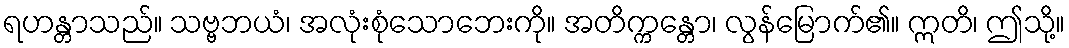
ရဟန္တာသည်။ သဗ္ဗဘယံ၊ အလုံးစုံသောဘေးကို။ အတိက္ကန္တော၊ လွန်မြောက်၏။ ဣတိ၊ ဤသို့။